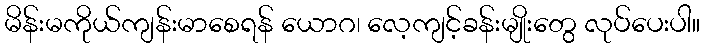
မိန်းမကိုယ်ကျန်းမာစေရန် ယောဂ၊ လေ့ကျင့်ခန်းမျိုးတွေ လုပ်ပေးပါ။